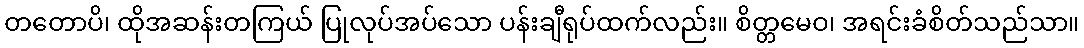
တတောပိ၊ ထိုအဆန်းတကြယ် ပြုလုပ်အပ်သော ပန်းချီရုပ်ထက်လည်း။ စိတ္တမေဝ၊ အရင်းခံစိတ်သည်သာ။